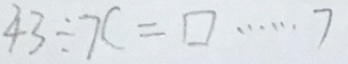
4 3 \div x = \square \cdots 7